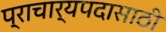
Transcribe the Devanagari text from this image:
प्राचार्यपदासाठी